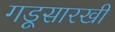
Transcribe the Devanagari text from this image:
गडूसारखी